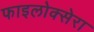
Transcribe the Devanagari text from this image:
फाइलोक्सेरा